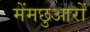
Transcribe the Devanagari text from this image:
मेंमछुआरों